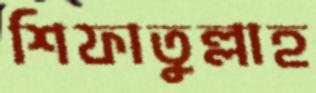
শিফাতুল্লাহ